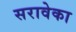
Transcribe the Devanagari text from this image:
सरावेका